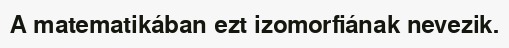
A matematikában ezt izomorfiának nevezik.